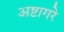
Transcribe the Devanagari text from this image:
अष्टागरे